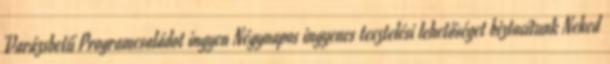
Varázsbetű Programcsaládot ingyen Négynapos ingyenes tesztelési lehetőséget biztosítunk Neked